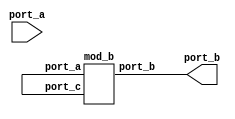
module INP_UC_INST (port_a, port_b);
   input port_a;
   output port_b;
   mod_b inst_a(.port_a(), .port_b(port_b), .port_c());
endmodule
module mod_b(port_a, port_b, port_c);
   input port_a, port_c;
   output port_b;
   wire wir_b;
   assign port_b = port_a;
   assign wir_b = port_c;
endmodule